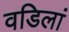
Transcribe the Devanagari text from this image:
वडिलां